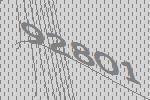
92801